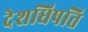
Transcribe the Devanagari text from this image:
देशधिपति